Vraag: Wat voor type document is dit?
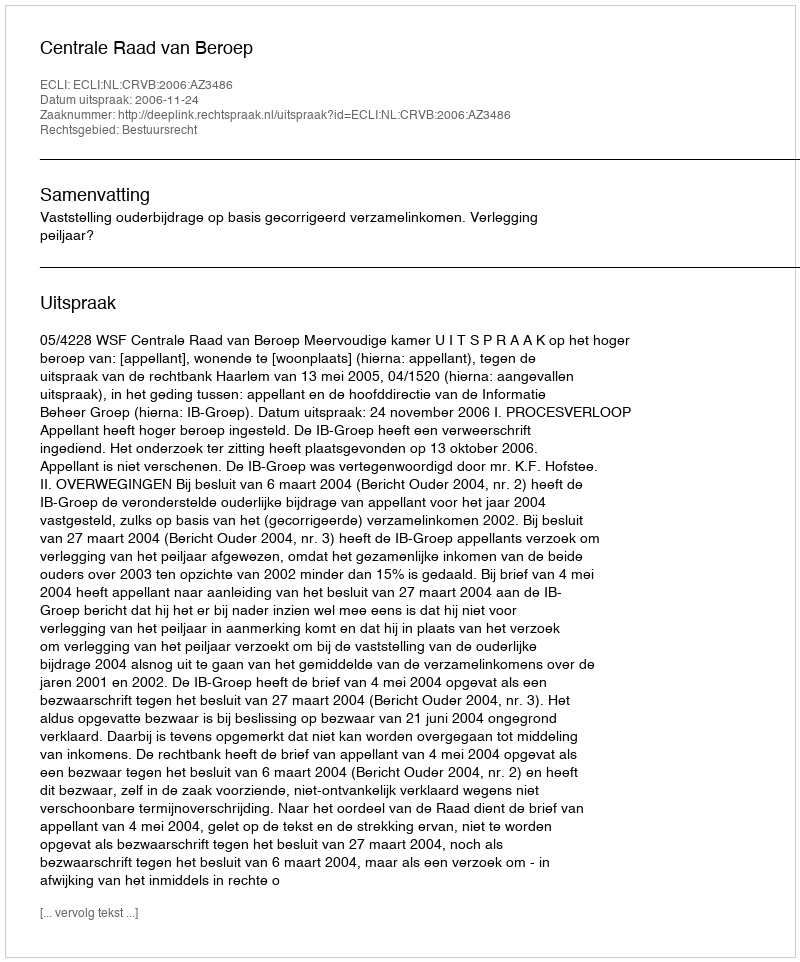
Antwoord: Uitspraak